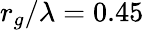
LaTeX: r_{g}/\lambda=0.45